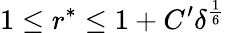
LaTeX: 1\leq r^{\ast}\leq 1+C^{\prime}\delta^{\frac{1}{6}}